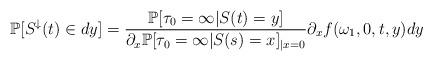
LaTeX: \begin{align*}\mathbb{P}[S^{\downarrow}(t) \in dy ]=\frac{\mathbb{P}[\tau_{0}=\infty \vert S(t)=y]}{\partial_x \mathbb{P}[\tau_{0}=\infty \vert S(s)=x]_{|x=0}}\partial_x f(\omega_1,0,t,y)dy\end{align*}